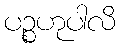
ပဉ္စဟုပါလိ